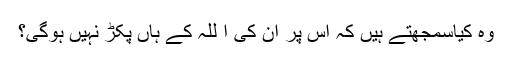
وہ کیاسمجھتے ہیں کہ اس پر ان کی ا للہ کے ہاں پکڑ نہیں ہوگی؟